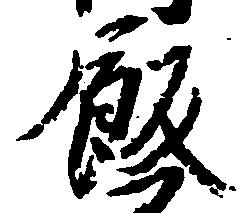
飯